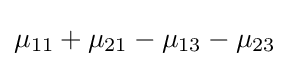
\mu _{11}+\mu _{21}-\mu _{13}-\mu _{23}